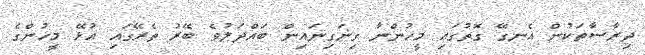
ދިރާސާތަކުން އެނގޭ ގޮތުގައި މީހުންނާ ގިނަގިނައިން ބައްދަލުވެ ބޭރު ތެރޭގައި އުޅޭ މީހުންގެ